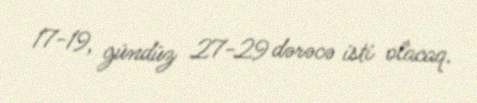
17-19, gündüz 27-29 dərəcə isti olacaq.